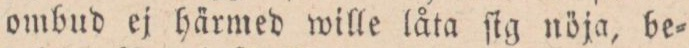
ombud ej härmed wille låta ſig nöja, be=